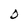
Character: D